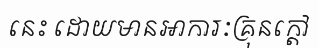
នេះ ដោយមានអាការៈគ្រុនក្តៅ